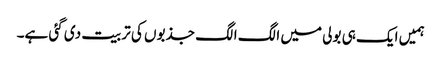
ہمیں ایک ہی بولی میں الگ الگ جذبوں کی تربیت دی گئی ہے۔